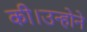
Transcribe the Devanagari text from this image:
की।उन्होने